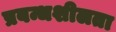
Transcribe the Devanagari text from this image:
प्रबन्धशीलता